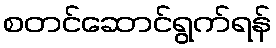
စတင်ဆောင်ရွက်ရန်